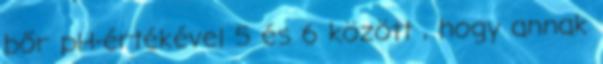
bőr pH-értékével 5 és 6 között , hogy annak